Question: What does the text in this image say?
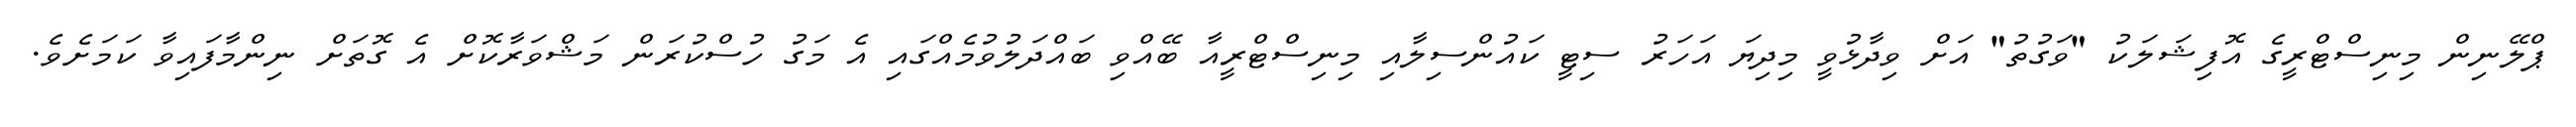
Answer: ޕްލޭނިން މިނިސްޓްރީގެ އޮފިޝަލަކު "ވަގުތު" އަށް ވިދާޅުވީ މިދިޔަ އަހަރު ސިޓީ ކައުންސިލާއި މިނިސްޓްރީއާ ބޭއްވި ބައްދަލުވުމެއްގައި އެ މަގު ހުސްކުރަން މަޝްވަރާކޮށް އެ ގޮތަށް ނިންމާފައިވާ ކަމަށެވެ.